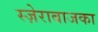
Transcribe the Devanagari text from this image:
स्ज़ेराबाजका